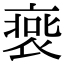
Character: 𧚹